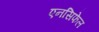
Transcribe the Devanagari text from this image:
एनसिफेल